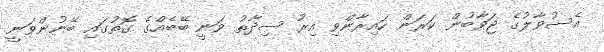
އެސުވާލުގެ ޖަވާބުން ކަރަން ހައިރާންވި އިރު ސިދާތު ވަނީ ބޭބެއްގެ ގޮތުގައި ބޭނުންވަނީ